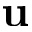
{ \bf u }